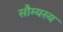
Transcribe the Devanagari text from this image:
सौम्यस्य